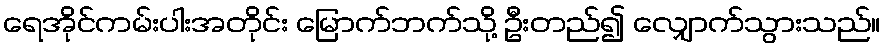
ရေအိုင်ကမ်းပါးအတိုင်း မြောက်ဘက်သို့ ဦးတည်၍ လျှောက်သွားသည်။